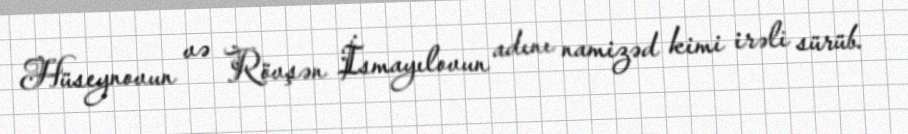
Hüseynovun və Rövşən İsmayılovun adını namizəd kimi irəli sürüb.